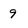
Character: 9